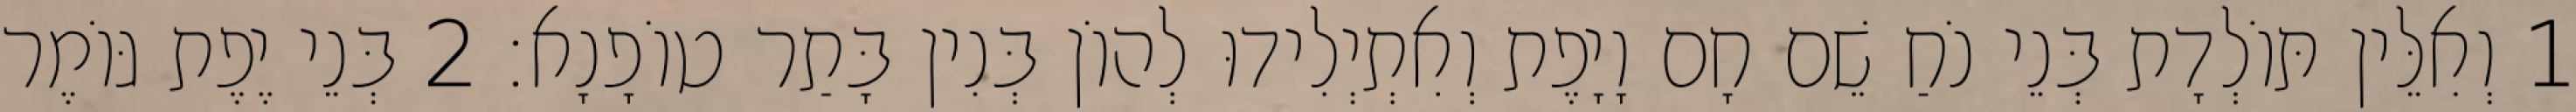
1 וְאִלֵּין תּוֹלְדָת בְּנֵי נֹחַ שֵׁם חָם וָיָפֶת וְאִתְיְלִידוּ לְהוֹן בְּנִין בָּתַר טוֹפָנָא׃ 2 בְּנֵי יֶפֶת גּוֹמֶר